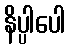
နိပ္ပါပေါ